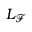
L _ { \mathcal { F } }